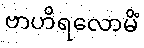
ဗာဟိရလောမိံ